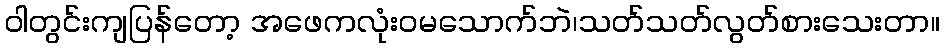
ဝါတွင်းကျပြန်တော့ အဖေကလုံးဝမသောက်ဘဲ၊သတ်သတ်လွတ်စားသေးတာ။